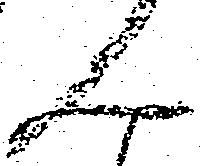
ん